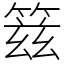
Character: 䈘